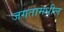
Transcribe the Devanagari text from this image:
जगतामधील